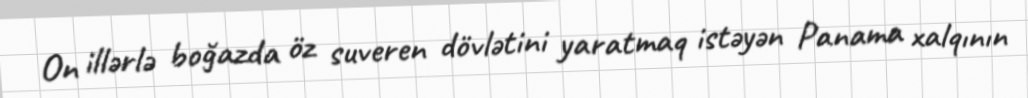
On illərlə boğazda öz suveren dövlətini yaratmaq istəyən Panama xalqının